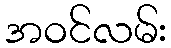
အဝင်လမ်း